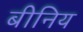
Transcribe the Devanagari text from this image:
बीनिय